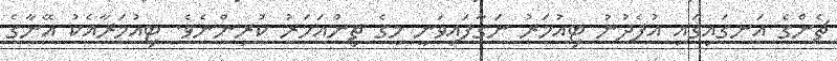
ޗެންގެ އަނގައިގައި އުފެދުނު ޓިއުމަރު ނަގާފައިވަނީ މީގެ ތިންއަހަރު ކުރިންނެވެ. ޓިއުމަރާއެކު އޭނާގެ